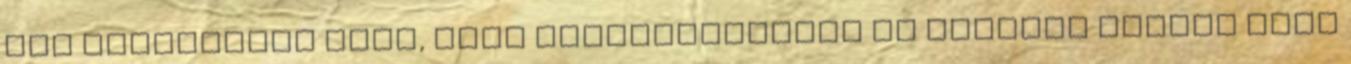
még lehetősége arra, hogy visszaszerezze az előbbit Arcára nagy